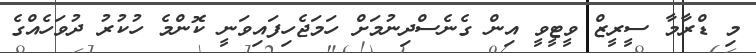
މި ޑްރާމާ ސީރީޒް ވީޓީވީ އިން ގެނެސްދިނުމަށް ހަމަޖެހިފައިވަނީ ކޮންމެ ހުކުރު ދުވަހެއްގެ